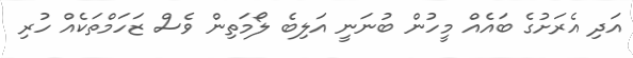
އަދި އެރަށުގެ ބައެއް މީހުން ބުނަނީ އަލިބެ ލޯމަތިން ވެސް ޒަހަމްތަކެއް ހުރި